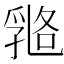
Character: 𠄇